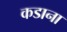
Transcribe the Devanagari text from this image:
कडाना